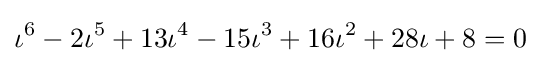
\iota ^{6}-2\iota ^{5}+13\iota ^{4}-15\iota ^{3}+16\iota ^{2}+28\iota +8=0